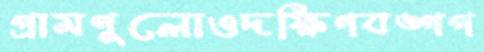
গ্রামগুলোওদক্ষিণবঙ্গগ